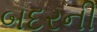
બદરની